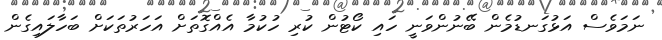
ނަމަވެސް އަޅުގަނޑުމެން ބޭނުންވަނީ ހައި ކޯޓުން ކުރި ހުކުމާ އެއްގޮތަށް އަހަރުތަކަށް ބަހާލައިގެން